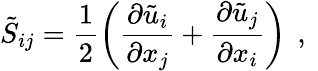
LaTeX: \tilde{S}_{ij}=\frac{1}{2}\left(\frac{\partial\tilde{u}_{i}}{\partial x_{j}}+\frac{\partial\tilde{u}_{j}}{\partial x_{i}}\right)\, \mathrm{~,~}